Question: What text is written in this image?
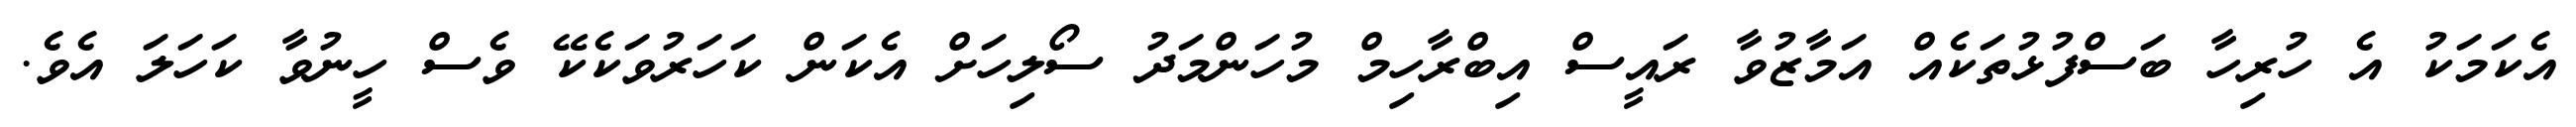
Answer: އެކަމަކު އެ ހުރިހާ ބަސްފުޅުތަކެއް އަމާޒުވާ ރައީސް އިބްރާހިމް މުހަންމަދު ސޯލިހަށް އެކަން ކަހަރުވަކެކޭ ވެސް ހީނުވާ ކަހަލަ އެވެ.